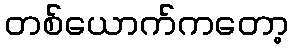
တစ်ယောက်ကတော့